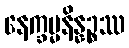
နေက္ခမ္မနိန္နဉ္စဿ